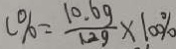
c \% = \frac { 1 0 . 6 g } { 1 2 g } \times 1 0 0 \%